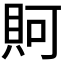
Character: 𧵛